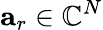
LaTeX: \mathbf{a}_{r}\in\mathbb{C}^{N}